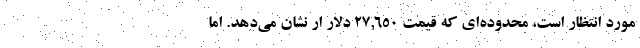
مورد انتظار است، محدوده‌ای که قیمت ۲۷,۶۵۰ دلار ار نشان می‌دهد. اما